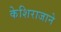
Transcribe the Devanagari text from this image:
केशिराजाने